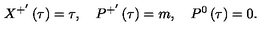
X ^ { + ^ { \prime } } \left( \tau \right) = \tau , \quad P ^ { + ^ { \prime } } \left( \tau \right) = m , \quad P ^ { 0 } \left( \tau \right) = 0 .